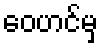
ဝေဟင်မှ